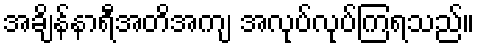
အချိန်နာရီအတိအကျ အလုပ်လုပ်ကြရသည်။